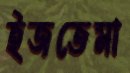
ইজতেমা